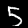
Label: 5